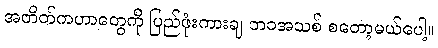
အတိတ်ကဟာတွေကို ပြည်ဖုံးကားချ ဘဝအသစ် စတော့မယ်ပေါ့။